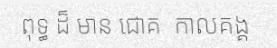
ពុទ្ធ ដ៏ មាន ជោគ  កាលគង្គ